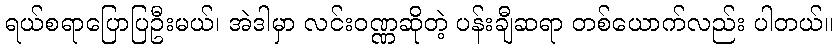
ရယ်စရာပြောပြဦးမယ်၊ အဲဒါမှာ လင်းဝဏ္ဏဆိုတဲ့ ပန်းချီဆရာ တစ်ယောက်လည်း ပါတယ်။